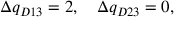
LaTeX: \Delta q _ { D 1 3 } = 2 , \quad \Delta q _ { D 2 3 } = 0 ,